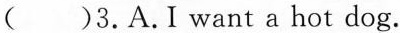
( )3.A. I want a hot dog.